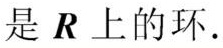
是 $\boldsymbol{R}$ 上的环.